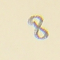
8